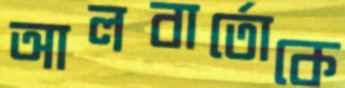
আলবার্তোকে